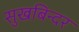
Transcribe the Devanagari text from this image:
सुखबिन्दर